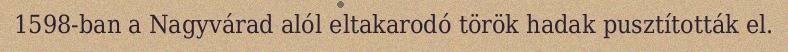
1598-ban a Nagyvárad alól eltakarodó török hadak pusztították el.